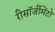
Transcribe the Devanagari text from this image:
रीसॉर्जीमेंटो